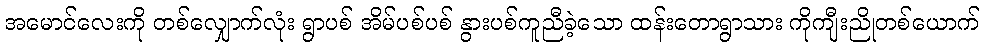
အမောင်လေးကို တစ်လျှောက်လုံး ရွာပစ် အိမ်ပစ်ပစ် နွားပစ်ကူညီခဲ့သော ထန်းတောရွာသား ကိုကျီးညိုတစ်ယောက်